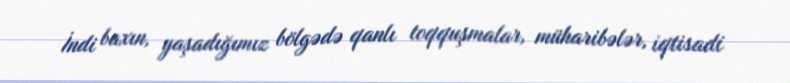
İndi baxın, yaşadığımız bölgədə qanlı toqquşmalar, müharibələr, iqtisadi